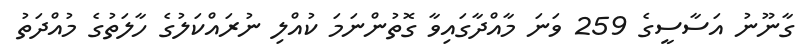
ގާނޫނު އަސާސީގެ 259 ވަނަ މާއްދާގައިވާ ގޮތުންނަމަ ކުއްލި ނުރައްކަލުގެ ހާލަތުގެ މުއްދަތު